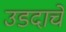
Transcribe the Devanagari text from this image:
उडदाचे